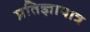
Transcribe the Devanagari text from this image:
प्रतिज्ञापात्र